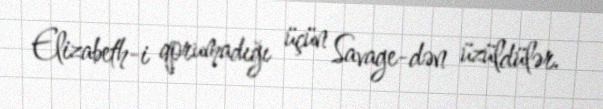
Elizabeth-i qorumadığı üçün Savage-dən üzüldülər.